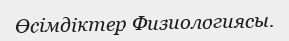
Өсімдіктер Физиологиясы.